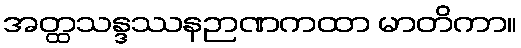
အတ္ထသန္ဒဿနဉာဏကထာ မာတိကာ။